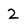
Character: 2